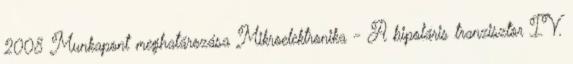
2008 Munkapont meghatározása Mikroelektronika - A bipoláris tranzisztor IV.